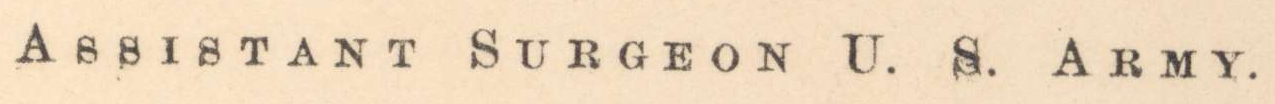
ASSISTANT SURGEON U.S. ARMY.